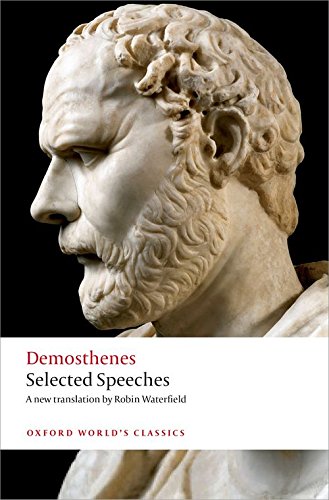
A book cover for Selected Speeches (Oxford Worlds Classics); Demosthenes; Literature & Fiction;